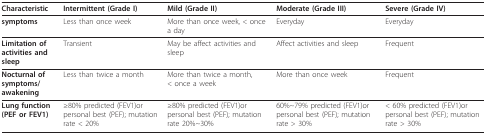
<table><thead><tr><td><b>Characteristic</b></td><td><b>Intermittent (Grade I)</b></td><td><b>Mild (Grade II)</b></td><td><b>Moderate (Grade III)</b></td><td><b>Severe (Grade IV)</b></td></tr></thead><tbody><tr><td><b>symptoms</b></td><td>Less than once week</td><td>More than once week, &lt; once a day</td><td>Everyday</td><td>Everyday</td></tr><tr><td><b>Limitation of activities and sleep</b></td><td>Transient</td><td>May be affect activities and sleep</td><td>Affect activities and sleep</td><td>Frequent</td></tr><tr><td><b>Nocturnal of symptoms/awakening</b></td><td>Less than twice a month</td><td>More than twice a month, &lt; once a week</td><td>More than once week</td><td>Frequent</td></tr><tr><td><b>Lung function(PEF or FEV1)</b></td><td>≥80% predicted (FEV1)or personal best (PEF); mutation rate &lt; 20%</td><td>≥80% predicted (FEV1)or personal best (PEF); mutation rate 20%~30%</td><td>60%~79% predicted (FEV1)or personal best (PEF); mutation rate &gt; 30%</td><td>&lt; 60% predicted (FEV1)or personal best (PEF); mutation rate &gt; 30%</td></tr></tbody></table>